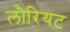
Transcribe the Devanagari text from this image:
लौरियट